Civil Veterinary Dept. Bombay admin report 1932-41 - 1932-1941
Year: 1932
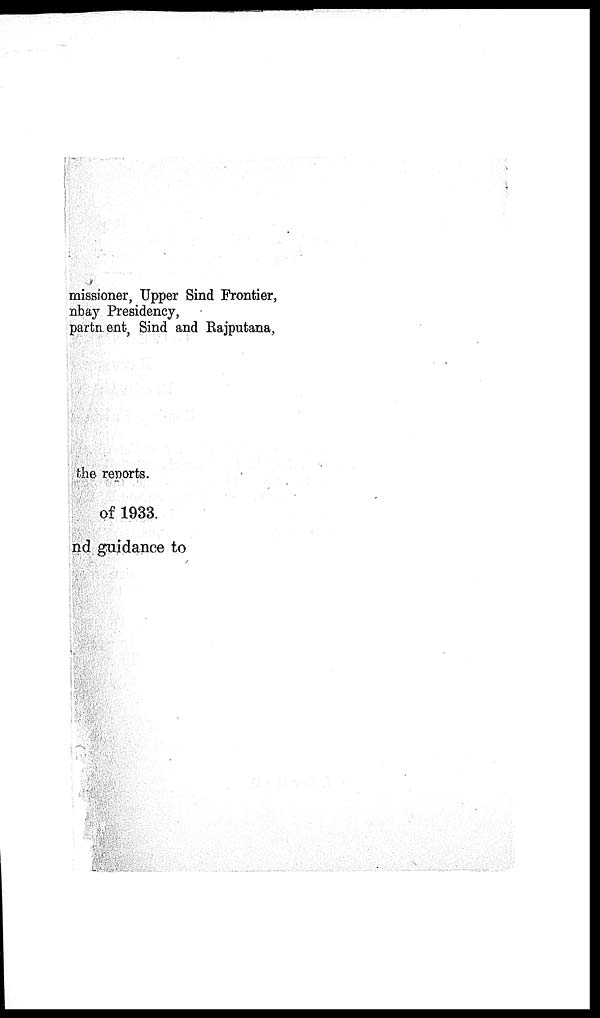
missioner, Upper Sind Frontier,
nbay Presidency,
partnent, Sind and Rajputana,
the reports.
of 1933.
nd guidance to